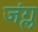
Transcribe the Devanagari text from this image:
जंग्ल